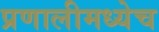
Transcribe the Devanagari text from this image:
प्रणालीमध्येच